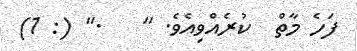
ފަހެ މާތް  ކުރެއްވިއެވެ. "   ." (: 1)